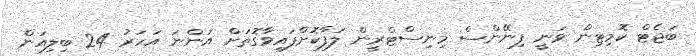
ބަޖެޓް ކޮމިޓިން ވަނީ ފިނޭންސް މިނިސްޓްރީން ލަފާކޮށްފައިވާގޮތަށް އަންނަ އަހަރު 24 ބިލިއަން